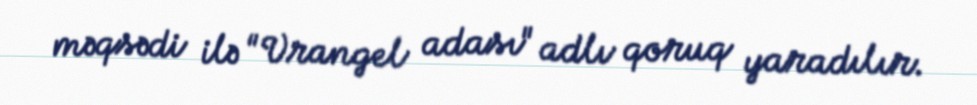
məqsədi ilə "Vrangel adası" adlı qoruq yaradılır.